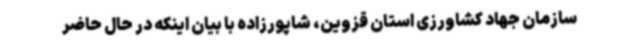
سازمان جهاد کشاورزی استان قزوین، شاپورزاده با بیان اینکه در حال حاضر